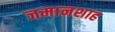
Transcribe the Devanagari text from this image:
जमानशाह